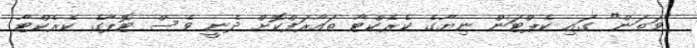
"ވަތަން" ގައި ކެޕްޓަން ނިޔާގެ ކެރެކްޓާ ތައާރަފްކޮށް ދެނީ ވެސް ޓޮޕާގެ ކެރެކްޓާ